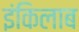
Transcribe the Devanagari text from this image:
इंकिलाब